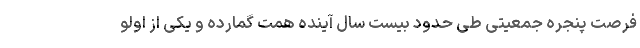
فرصت پنجره جمعیتی طی حدود بیست سال آینده همت گمارده و یکی از اولو